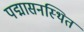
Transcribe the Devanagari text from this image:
पद्मासनस्थित